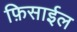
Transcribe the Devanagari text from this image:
फ़िसाईल